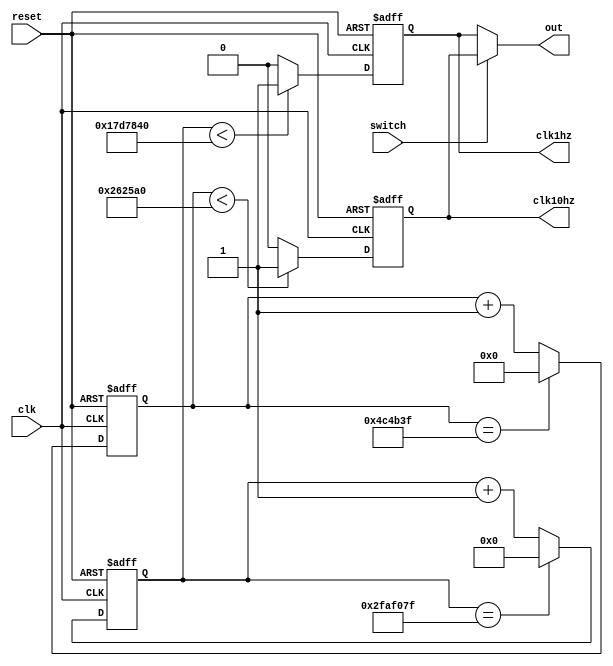
module test3 (
    clk,
    reset,
    clk1hz,
    clk10hz,
    switch,
    out
);
input clk;
input reset;
input switch;
output reg clk1hz;
output reg clk10hz;
output reg out;

//分频器1输出1hz
reg [25:0] cnt26;

always @(posedge clk or posedge reset)
begin
    if(reset)
    begin
        cnt26 <= 26'd0;
    end
    else if(cnt26 == 26'd49_999_999)
    begin
        cnt26 <= 26'd0;
    end
    else
    begin
        cnt26 <= cnt26 + 1;
    end
end

always @(posedge clk or posedge reset)
begin
    if(reset)
    begin
        clk1hz <= 1'd0;
    end
    else if(cnt26 < 26'd25_000_000)
    begin
        clk1hz <= 1'd1;
    end
    else 
    begin
        clk1hz <= 1'd0;
    end
end

//分频器2输出10hz
reg [22:0] cnt23;

always @(posedge clk or posedge reset)
begin
    if(reset)
    begin
        cnt23 <= 23'd0;
    end
    else if(cnt23 == 23'd4_999_999)
    begin
        cnt23 <= 23'd0;
    end
    else
    begin
        cnt23 <= cnt23 + 1;
    end
end

always @(posedge clk or posedge reset)
begin
    if(reset)
    begin
        clk10hz <= 1'd0;
    end
    else if(cnt23 < 23'd2_500_000)
    begin
        clk10hz <= 1'd1;
    end
    else 
    begin
        clk10hz <= 1'd0;
    end
end

//双路选择器
assign out = switch ? clk10hz : clk1hz;
    
endmodule